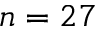
n = 2 7